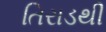
તિરાડથી